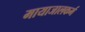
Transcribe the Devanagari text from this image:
मायाजालकर्म